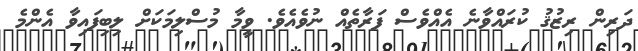
ދަރިން ރިޒުޤު ކުރައްވާނެ އެއްވެސް ފަރާތެއް ނުވެއެވެ. ވީމާ މުސްލިމަކަށް ލިބިފައިވާ އެންމެ